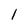
Character: I